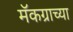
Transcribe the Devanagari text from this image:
मॅकग्राच्या